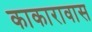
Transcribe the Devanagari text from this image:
काकारावास